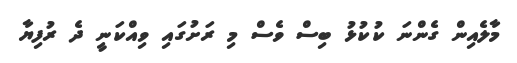
މާލެއިން ގެންނަ ކުކުޅު ބިސް ވެސް މި ރަށުގައި ވިއްކަނީ ދެ ރުފިޔާ